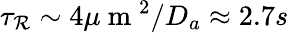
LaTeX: \tau_{\mathcal{R}}\sim4\mu\mathrm{{~m~}}^{2}/D_{a}\approx2.7s